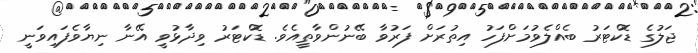
ޖަލުގެ ޑޮކްޓަރު ބެއްލެވުމަށްފަހު އިތުރަށް ފަރުވާ ބޭނުންވާތީއެވެ. ޑޮކްޓަރު ވިދާޅުވީ އޭނާ ނިޔާވެފައިވަނީ